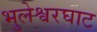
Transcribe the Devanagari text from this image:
भुलेश्वरघाट